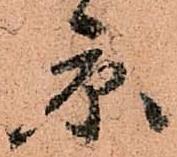
京